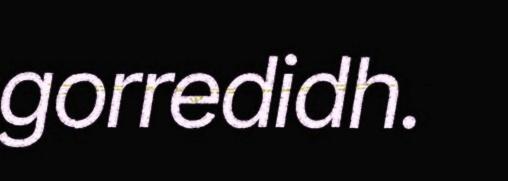
gorredidh.